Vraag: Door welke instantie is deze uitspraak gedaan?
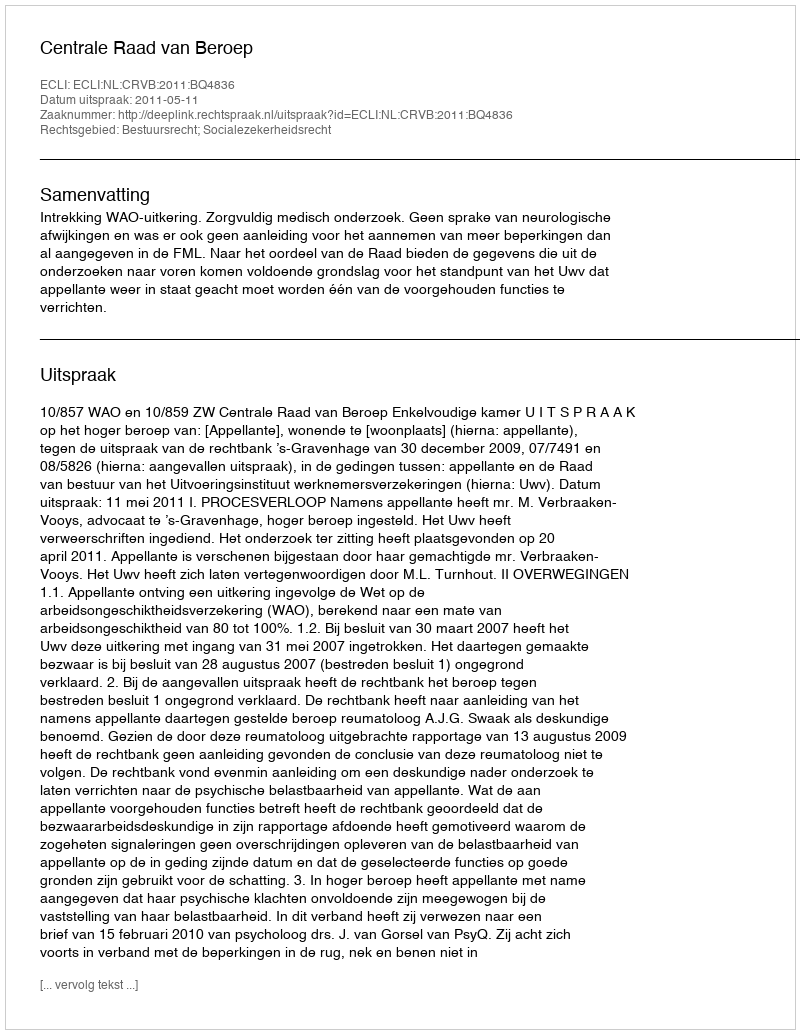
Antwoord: Centrale Raad van Beroep